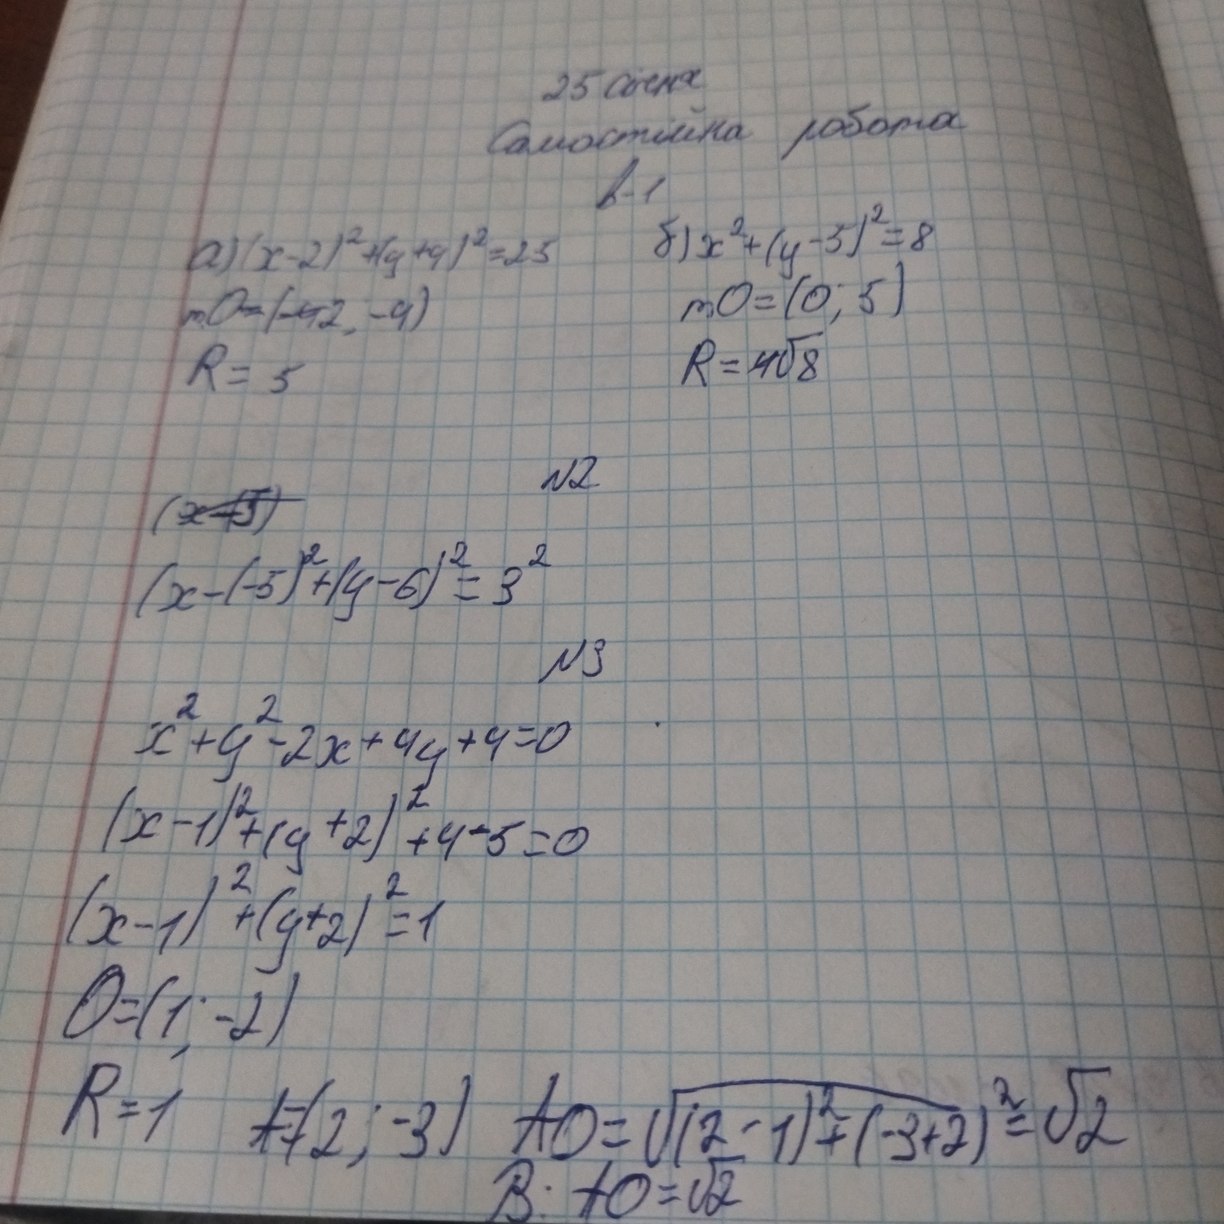
25 січня
Самостійна робота
в - 1
б) x^2+(y-5)^2 = 8
a) (x-2)^2+(y+4)^2=25
mO = (0;5)
mO = (~~-4~~2;-4)
R = ~~4~~ \sqrt{8}
R = 5
№ 2
~~(x-(5)~~
(x-(-5)^2+(y-6)^2 = 3^2
№ 3
x^2+y^2-2x+4y+4 = 0
(x-1)^2+ (y+2)^2+4-5 = 0
(x-1)^2+(y+2)^2 = 1
O = (1;-2)
R = 1
AO = \sqrt{(2-1)^2+(-3+2)^2} = \sqrt{2}
A = (2;-3)
B: AO = \sqrt{2}